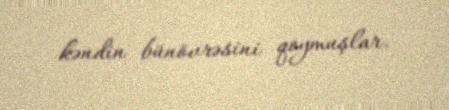
kəndin bünövrəsini qoymuşlar.